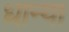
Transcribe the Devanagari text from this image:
धान्या